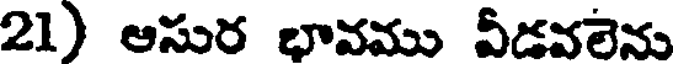
21) ఆసుర భావము వీడవలెను